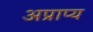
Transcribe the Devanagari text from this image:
अप्राप्‍य